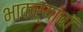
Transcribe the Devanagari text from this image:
भाकऱ्यांचा